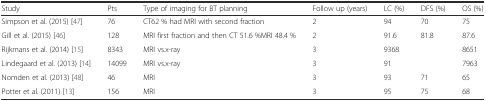
<table><thead><tr><td><b>Study</b></td><td><b>Pts</b></td><td><b>Type of imaging for BT planning</b></td><td><b>Follow up (years)</b></td><td><b>LC (%)</b></td><td><b>DFS (%)</b></td><td><b>OS (%)</b></td></tr></thead><tbody><tr><td>Simpson et al. (2015) [47]</td><td>76</td><td>CT62 % had MRI with second fraction</td><td>2</td><td>94</td><td>70</td><td>75</td></tr><tr><td>Gill et al. (2015) [46]</td><td>128</td><td>MRI first fraction and then CT 51.6 %MRI 48.4 %</td><td>2</td><td>91.6</td><td>81.8</td><td>87.6</td></tr><tr><td>Rijkmans et al. (2014) [15]</td><td>8343</td><td>MRI vs.x-ray</td><td>3</td><td>9368</td><td></td><td>8651</td></tr><tr><td>Lindegaard et al. (2013) [14]</td><td>14099</td><td>MRI vs.x-ray</td><td>3</td><td>91</td><td></td><td>7963</td></tr><tr><td>Nomden et al. (2013) [48]</td><td>46</td><td>MRI</td><td>3</td><td>93</td><td>71</td><td>65</td></tr><tr><td>Potter et al. (2011) [13]</td><td>156</td><td>MRI</td><td>3</td><td>95</td><td>75</td><td>68</td></tr></tbody></table>